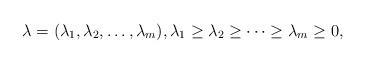
LaTeX: \begin{align*}\lambda=(\lambda_1, \lambda_2, \dots , \lambda_m), \lambda_1\geq\lambda_2\geq \cdots\geq \lambda_m\geq 0,\end{align*}